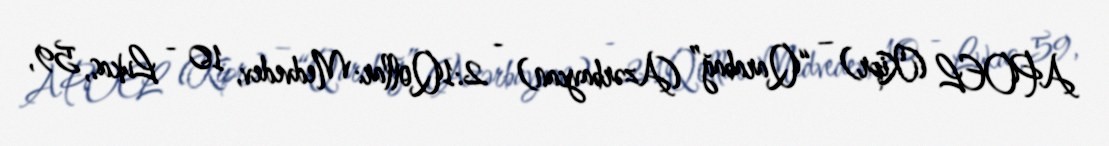
APOEL (Kipr) – “Qarabağ” (Azərbaycan) - 2:1Qollar: Medvedev, 10 - Lukas, 59,